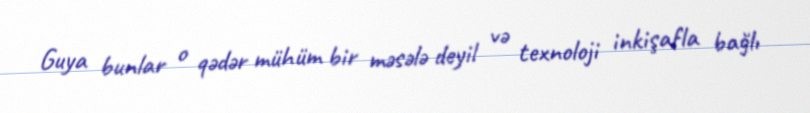
Guya bunlar o qədər mühüm bir məsələ deyil və texnoloji inkişafla bağlı